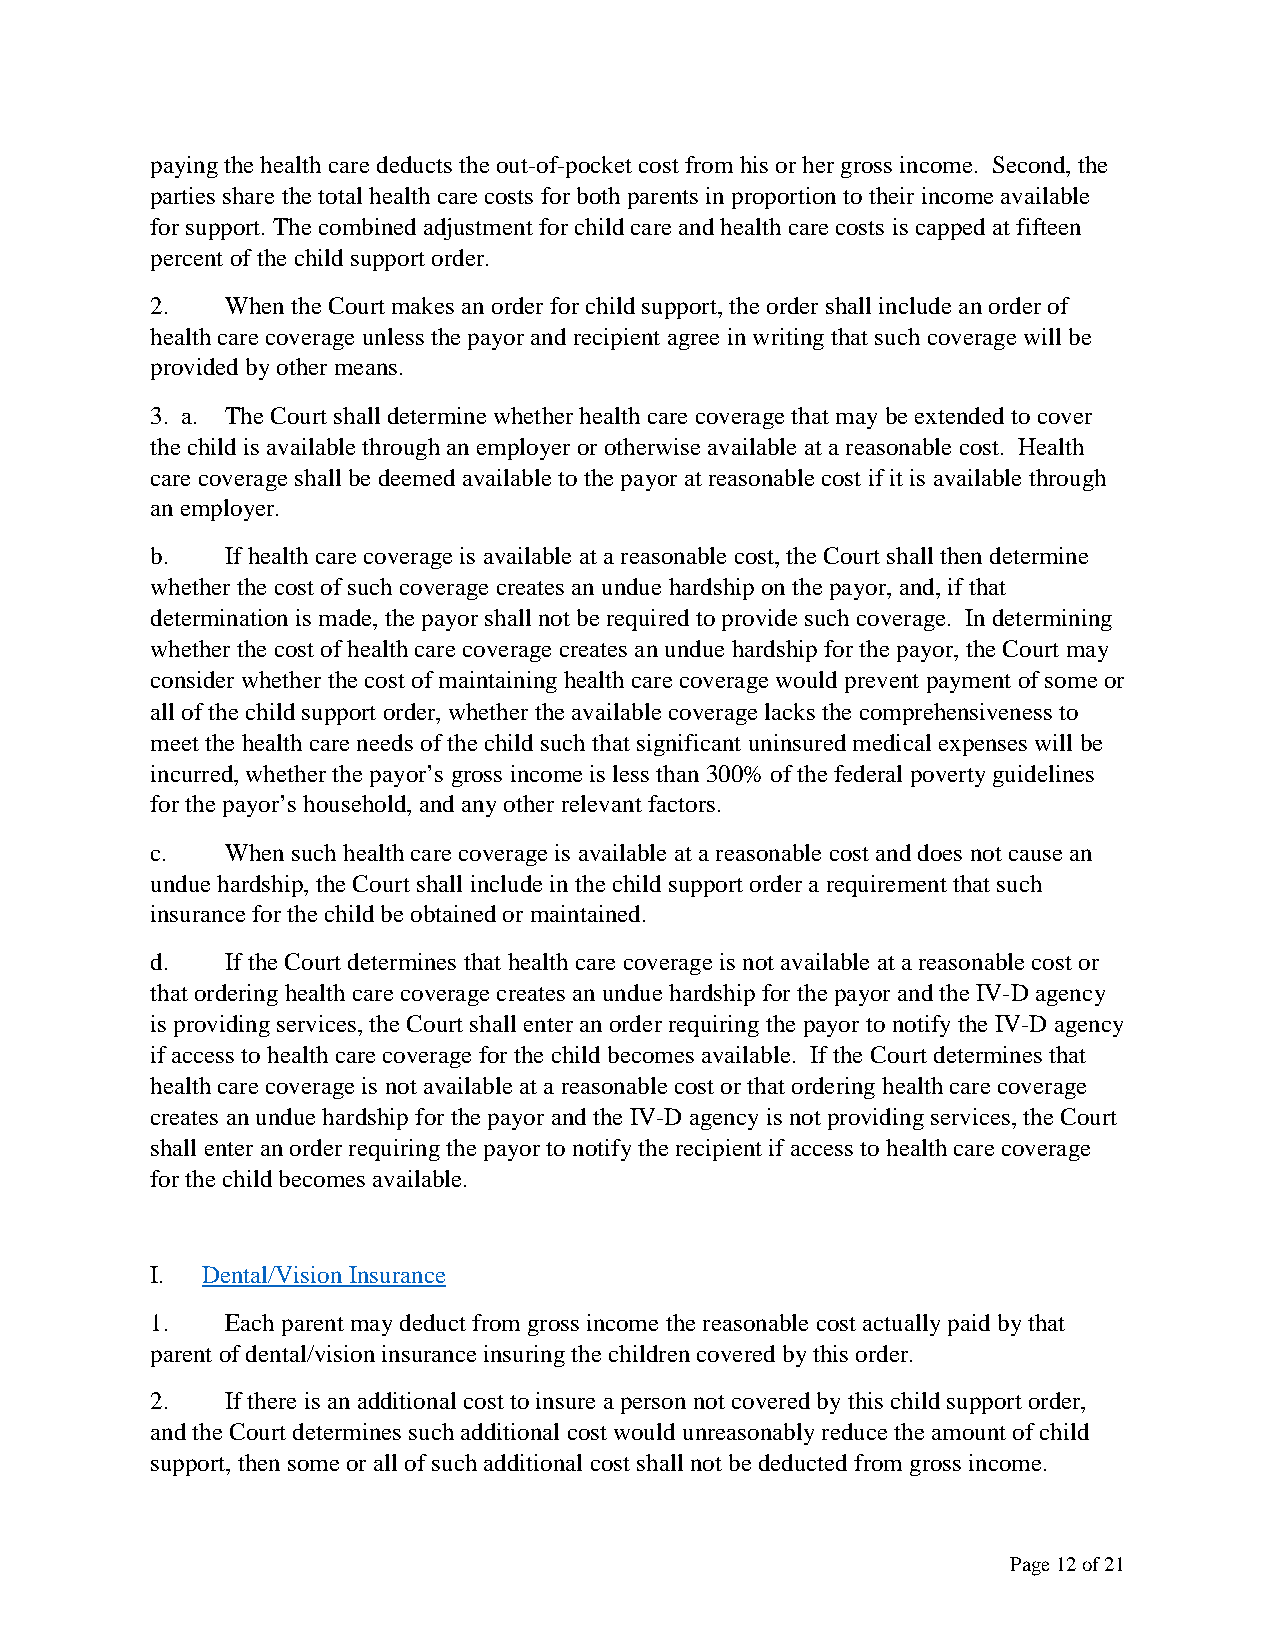
paying the health care deducts the out-of-pocket cost from his or her gross income. Second, the
 parties share the total health care costs for both parents in proportion to their income available
 for support. The combined adjustment for child care and health care costs is capped at fifteen
 percent of the child support order.
 2.   When the Court makes an order for child support, the order shall include an order of
 health care coverage unless the payor and recipient agree in writing that such coverage will be
 provided by other means.
 3. a. The Court shall determine whether health care coverage that may be extended to cover
 the child is available through an employer or otherwise available at a reasonable cost. Health
 care coverage shall be deemed available to the payor at reasonable cost if it is available through
 an employer.
 b.   If health care coverage is available at a reasonable cost, the Court shall then determine
 whether the cost of such coverage creates an undue hardship on the payor, and, if that
 determination is made, the payor shall not be required to provide such coverage. In determining
 whether the cost of health care coverage creates an undue hardship for the payor, the Court may
 consider whether the cost of maintaining health care coverage would prevent payment of some or
 all of the child support order, whether the available coverage lacks the comprehensiveness to
 meet the health care needs of the child such that significant uninsured medical expenses will be
 incurred, whether the payor’s gross income is less than 300% of the federal poverty guidelines
 for the payor’s household, and any other relevant factors.
 c.   When such health care coverage is available at a reasonable cost and does not cause an
 undue hardship, the Court shall include in the child support order a requirement that such
 insurance for the child be obtained or maintained.
 d.   If the Court determines that health care coverage is not available at a reasonable cost or
 that ordering health care coverage creates an undue hardship for the payor and the IV-D agency
 is providing services, the Court shall enter an order requiring the payor to notify the IV-D agency
 if access to health care coverage for the child becomes available. If the Court determines that
 health care coverage is not available at a reasonable cost or that ordering health care coverage
 creates an undue hardship for the payor and the IV-D agency is not providing services, the Court
 shall enter an order requiring the payor to notify the recipient if access to health care coverage
 for the child becomes available.
 I. Dental/Vision Insurance
 1.   Each parent may deduct from gross income the reasonable cost actually paid by that
 parent of dental/vision insurance insuring the children covered by this order.
 2.   If there is an additional cost to insure a person not covered by this child support order,
 and the Court determines such additional cost would unreasonably reduce the amount of child
 support, then some or all of such additional cost shall not be deducted from gross income.
 Page 12 of 21